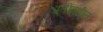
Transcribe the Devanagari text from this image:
प्रतींमधील